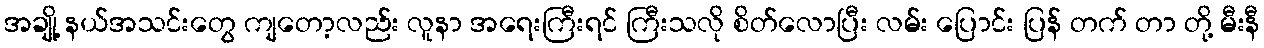
အချို့ နယ်အသင်းတွေ ကျတော့လည်း လူနာ အရေးကြီးရင် ကြီးသလို စိတ်လောပြီး လမ်း ပြောင်း ပြန် တက် တာ တို့ မီးနီ